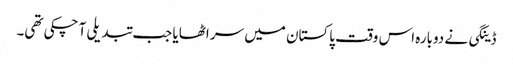
ڈینگی نے دوبارہ اس وقت پاکستان میں سر اٹھایا جب تبدیلی آ چکی تھی۔